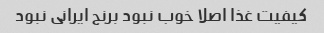
کیفیت غذا اصلا خوب نبود برنج ایرانی نبود